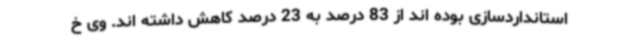
استانداردسازی بوده اند از 83 درصد به 23 درصد کاهش داشته اند. وی خ